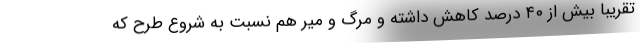
تقریبا بیش از ۴۰ درصد کاهش داشته و مرگ و میر هم نسبت به شروع طرح که